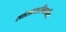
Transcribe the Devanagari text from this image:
सोसायटीमागील